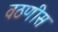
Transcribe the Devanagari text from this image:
वठणीस